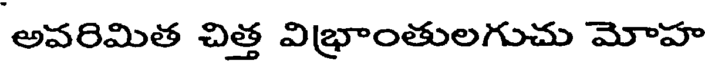
అవరిమిత చిత్త విభ్రాంతులగుచు మోహ